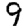
Digit: 9